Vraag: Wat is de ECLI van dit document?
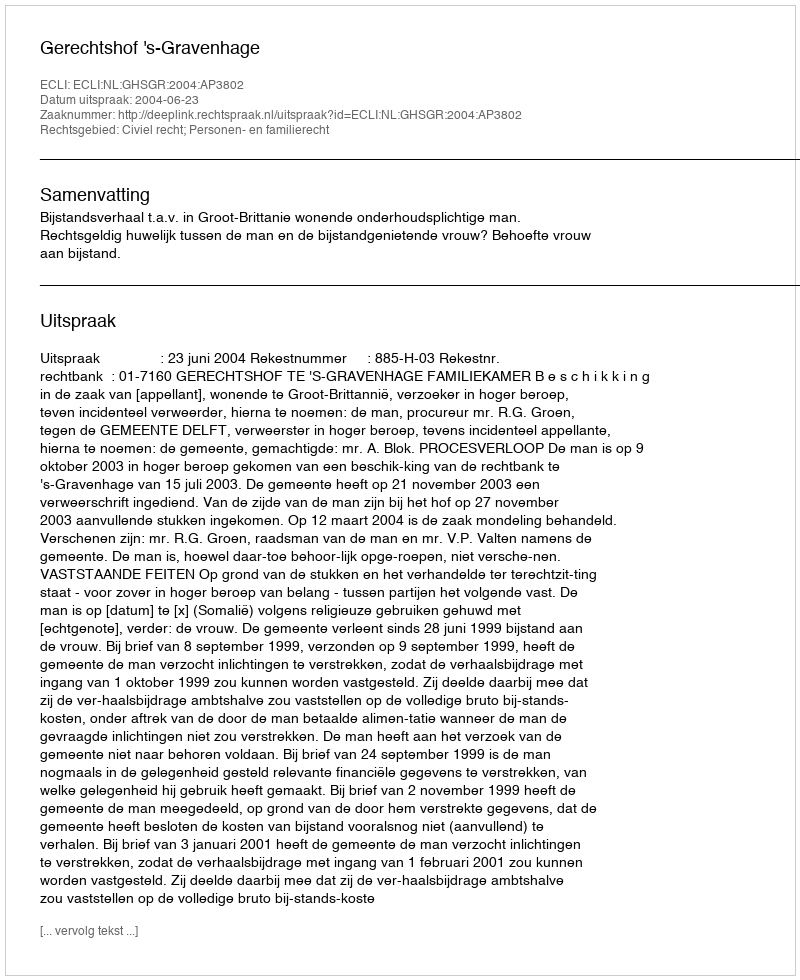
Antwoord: ECLI:NL:GHSGR:2004:AP3802